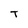
Character: T